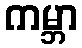
ကမ္ဘာ